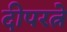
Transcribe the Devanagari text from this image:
दीपरत्ने